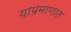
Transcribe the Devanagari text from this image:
याप्रमाणात